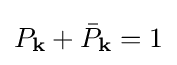
P_{\mathbf {k} }+{\bar {P}}_{\mathbf {k} }=1